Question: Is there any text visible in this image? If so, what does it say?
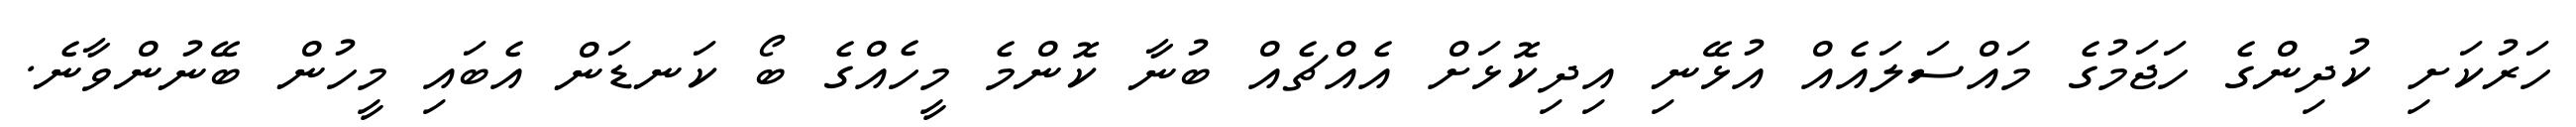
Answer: ހަރުކަށި ކުދިންގެ ހަޖަމުގެ މައްސަލައެއް އުޅޭނި އިދިކޮޅަށް އެއްޗެއް ބުނާ ކޮންމެ މީހެއްގެ ބޯ ކަނޑަން އެބައި މީހުން ބޭނުންވާނެ.